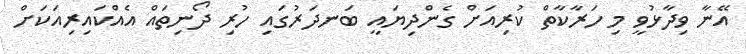
އޭނާ ވިދާޅުވީ މި ހަރާކާތް ކުރިއަށް ގެންދިޔައީ ބަނދަރުގައި ހުރި ދޯނިތައް އެއްކައިރިއަކަށް